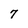
Character: 7